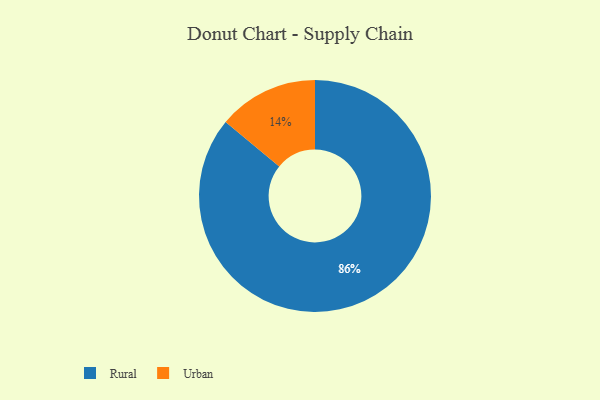
{"axis": {"x": "Category", "y": "Percentage"}, "legend": ["Rural", "Urban"], "data": [{"x": "Urban", "y": 14, "type": "Urban"}, {"x": "Rural", "y": 86, "type": "Rural"}]}